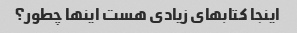
اینجا کتابهای زیادی هست اینها چطور؟